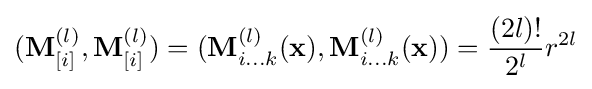
(\mathbf {M} _{[i]}^{(l)},\mathbf {M} _{[i]}^{(l)})=(\mathbf {M} _{i...k}^{(l)}(\mathbf {x} ),\mathbf {M} _{i...k}^{(l)}(\mathbf {x} ))={\frac {(2l)!}{2^{l}}}r^{2l}